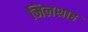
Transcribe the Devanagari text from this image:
मिलशाह